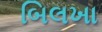
બિલખા